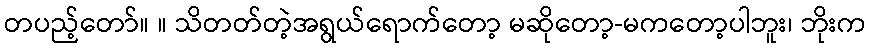
တပည့်တော်။ ။ သိတတ်တဲ့အရွယ်ရောက်တော့ မဆိုတော့-မကတော့ပါဘူး၊ ဘိုးက